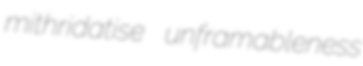
mithridatise unframableness